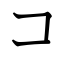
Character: コ